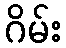
ဂိမ်း